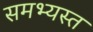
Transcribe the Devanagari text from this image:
समभ्यस्त